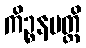
ကိဉ္စနမတ္ထိ